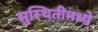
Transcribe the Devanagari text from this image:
सुस्थितीमध्ये